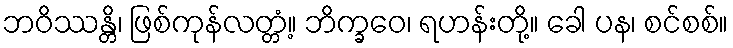
ဘဝိဿန္တိ၊ ဖြစ်ကုန်လတ္တံ့။ ဘိက္ခဝေ၊ ရဟန်းတို့။ ခေါ ပန၊ စင်စစ်။